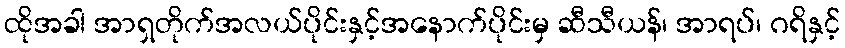
ထိုအခါ အာရှတိုက်အလယ်ပိုင်းနှင့်အနောက်ပိုင်းမှ ဆီသီယန်၊ အာရပ်၊ ဂရိနှင့်